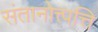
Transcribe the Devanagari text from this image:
संतानोत्त्पत्ति